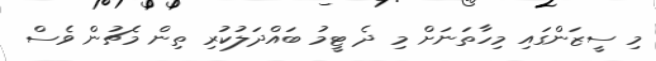
މި ސީޒަންގައި މިހާތަނަށް މި ދެ ޓީމު ބައްދަލުކުރި ތިން މެޗުން ވެސް